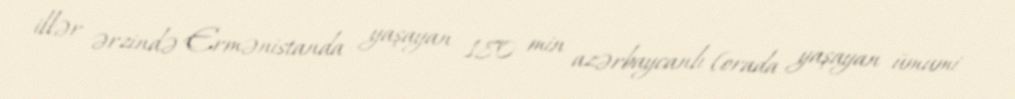
illər ərzində Ermənistanda yaşayan 180 min azərbaycanlı (orada yaşayan ümumi